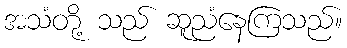
အသံတို့ သည် ဆူညံနေကြသည်။